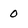
Character: 0